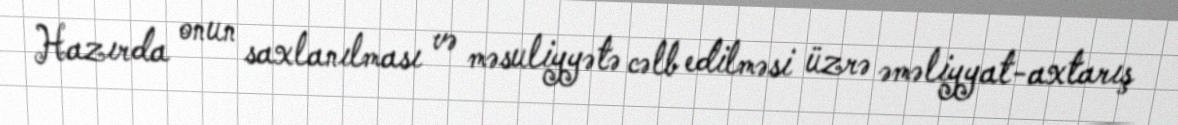
Hazırda onun saxlanılması və məsuliyyətə cəlb edilməsi üzrə əməliyyat-axtarış